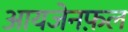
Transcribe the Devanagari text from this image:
आयजेनफ़ल